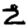
Digit: 2